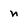
Character: n